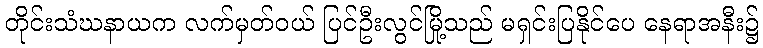
တိုင်းသံဃနာယက လက်မှတ်ဝယ် ပြင်ဦးလွင်မြို့သည် မရှင်းပြနိုင်ပေ နေရာအနီး၌